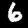
Digit: 6